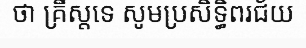
ថា គ្រឹស្តទេ សូមប្រសិទ្ធិពរជ័យ